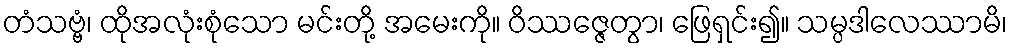
တံသဗ္ဗံ၊ ထိုအလုံးစုံသော မင်းတို့ အမေးကို။ ဝိဿဇ္ဇေတွာ၊ ဖြေရှင်း၍။ သမ္ပဒါလေဿာမိ၊